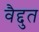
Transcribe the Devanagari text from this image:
वैद्दुत